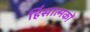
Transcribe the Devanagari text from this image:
हिंसात्मकों